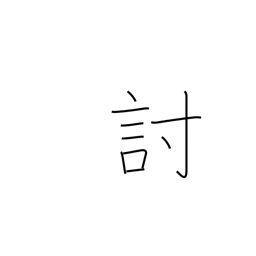
Meaning: defeat